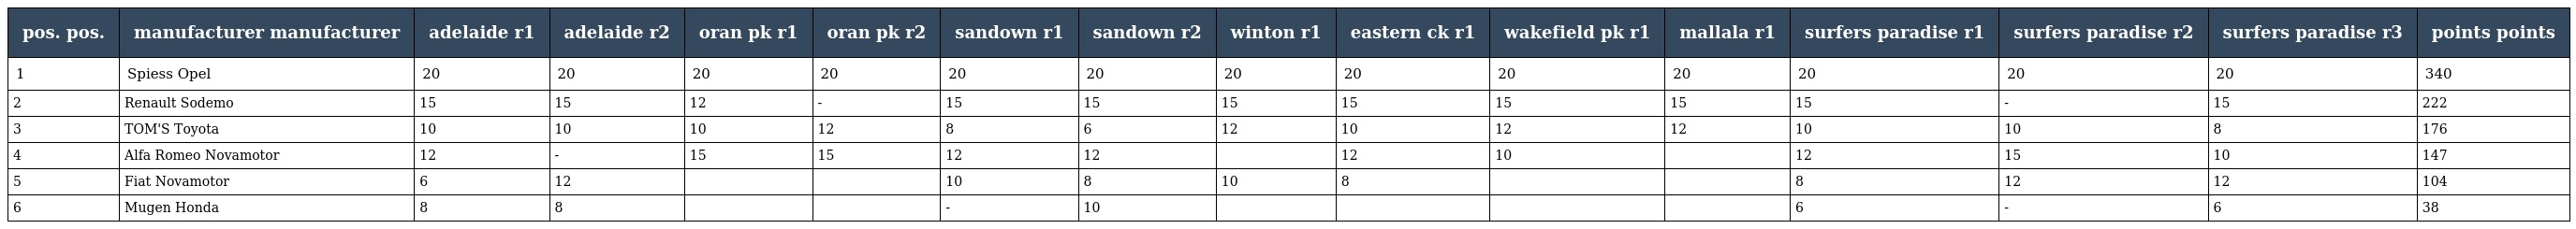
| pos. pos. | manufacturer manufacturer | adelaide r1 | adelaide r2 | oran pk r1 | oran pk r2 | sandown r1 | sandown r2 | winton r1 | eastern ck r1 | wakefield pk r1 | mallala r1 | surfers paradise r1 | surfers paradise r2 | surfers paradise r3 | points points |
 | --- | --- | --- | --- | --- | --- | --- | --- | --- | --- | --- | --- | --- | --- | --- | --- |
 | 1 | Spiess Opel | 20 | 20 | 20 | 20 | 20 | 20 | 20 | 20 | 20 | 20 | 20 | 20 | 20 | 340 |
 | 2 | Renault Sodemo | 15 | 15 | 12 | - | 15 | 15 | 15 | 15 | 15 | 15 | 15 | - | 15 | 222 |
 | 3 | TOM'S Toyota | 10 | 10 | 10 | 12 | 8 | 6 | 12 | 10 | 12 | 12 | 10 | 10 | 8 | 176 |
 | 4 | Alfa Romeo Novamotor | 12 | - | 15 | 15 | 12 | 12 |  | 12 | 10 |  | 12 | 15 | 10 | 147 |
 | 5 | Fiat Novamotor | 6 | 12 |  |  | 10 | 8 | 10 | 8 |  |  | 8 | 12 | 12 | 104 |
 | 6 | Mugen Honda | 8 | 8 |  |  | - | 10 |  |  |  |  | 6 | - | 6 | 38 |